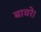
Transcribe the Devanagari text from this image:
बावरे।